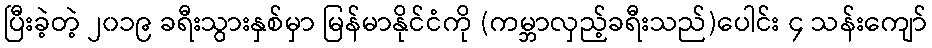
ပြီးခဲ့တဲ့ ၂၀၁၉ ခရီးသွားနှစ်မှာ မြန်မာနိုင်ငံကို (ကမ္ဘာလှည့်ခရီးသည်)ပေါင်း ၄ သန်းကျော်